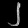
Digit: ၂